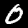
Digit: 0